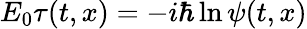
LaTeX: E_{0}\tau(t,x)=-i\hbar\ln\psi(t,x)